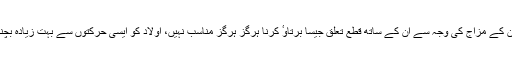
اور والدین کے مزاج کی وجہ سے ان کے ساتھ قطع تعلق جیسا برتاوٴ کرنا ہرگز ہرگز مناسب نہیں، اولاد کو ایسی حرکتوں سے بہت زیادہ بچنا چاہیے۔